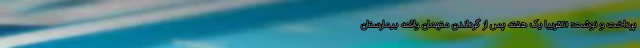
پرداخت و نوشت: «تقریباً یک هفته پس از گرداندن متهمان واقعه بیمارستان